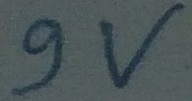
Text: 9V